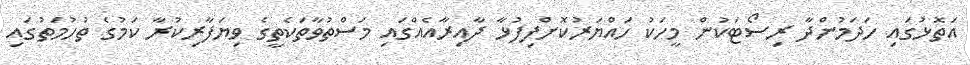
އަތޮޅުގައި ހަދަމުންދާ ރިސޯޓަކުން މީހަކު ހައްޔަރުކޮށްފިފުޅާ ދާއިރާއެއްގައި މަސްތުވާތަކެތީގެ ވިޔަފާރިކުރާ ކަމުގެ ތުހުމަތުގައި